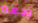
وجهه